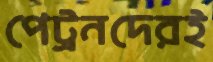
পেট্রনদেরই